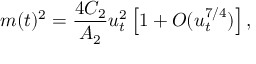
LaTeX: m ( t ) ^ { 2 } = { \frac { 4 C _ { 2 } } { A _ { 2 } } } u _ { t } ^ { 2 } \left[ 1 + O ( u _ { t } ^ { 7 / 4 } ) \right] ,